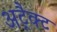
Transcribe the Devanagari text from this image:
अट्रैक्ट